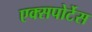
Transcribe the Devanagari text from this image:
एक्सपोर्टेस